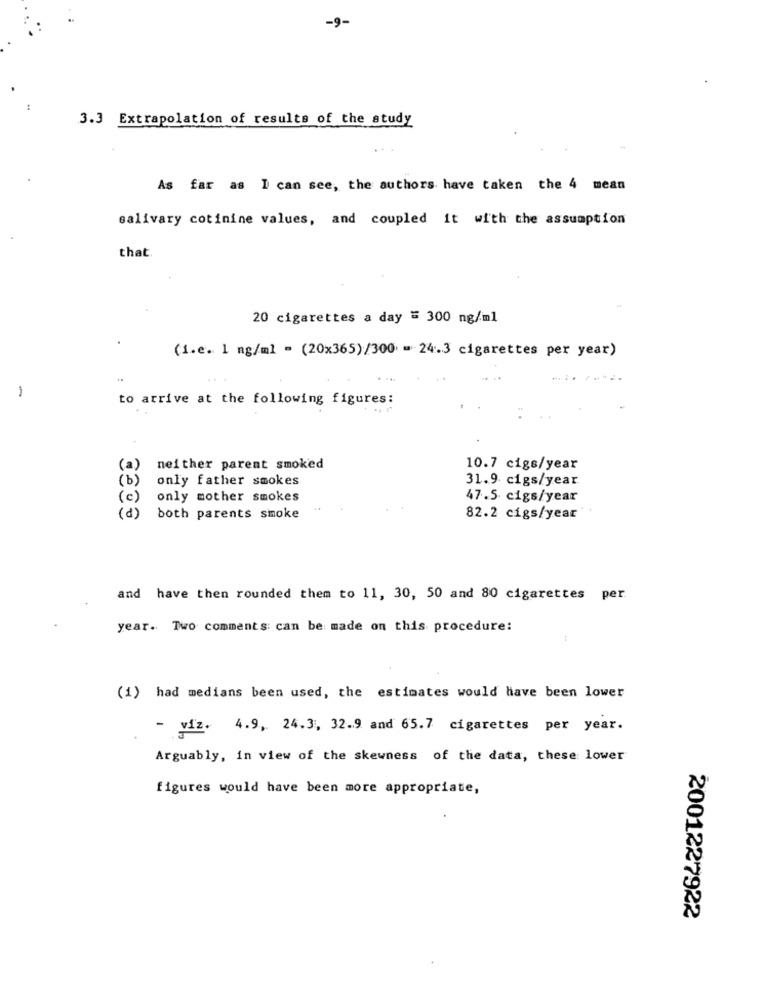
-9-
3.3 Extrapolation of results of the study
As far as I can see, the authors have taken the 4 mean
salivary cotinine values, and coupled it with the assumption
that
20 cigarettes a day = 300 ng/ml
(i.e. 1 mg/ml = (20x365)/300 = 24.3 cigarettes per year)
-
to arrive at the following figures:
(a)
neither parent smoked
10.7 cigs/year
( b )
only father smokes
31.9 cigs/year
(c)
only mother smokes
47.5 cigs/year
(d)
both parents smoke
82.2 cigs/year
and have then rounded them to 11, 30, 50 and 80 cigarettes per
year. Two comments: can be made on this procedure:
(1) had medians been used, the estimates would have been lower
- víz. 4.9, 24.3, 32.9 and 65.7 cigarettes per year.
Arguably, in view of the skewness of the data, these lower
figures would have been more appropriate,
2001227922